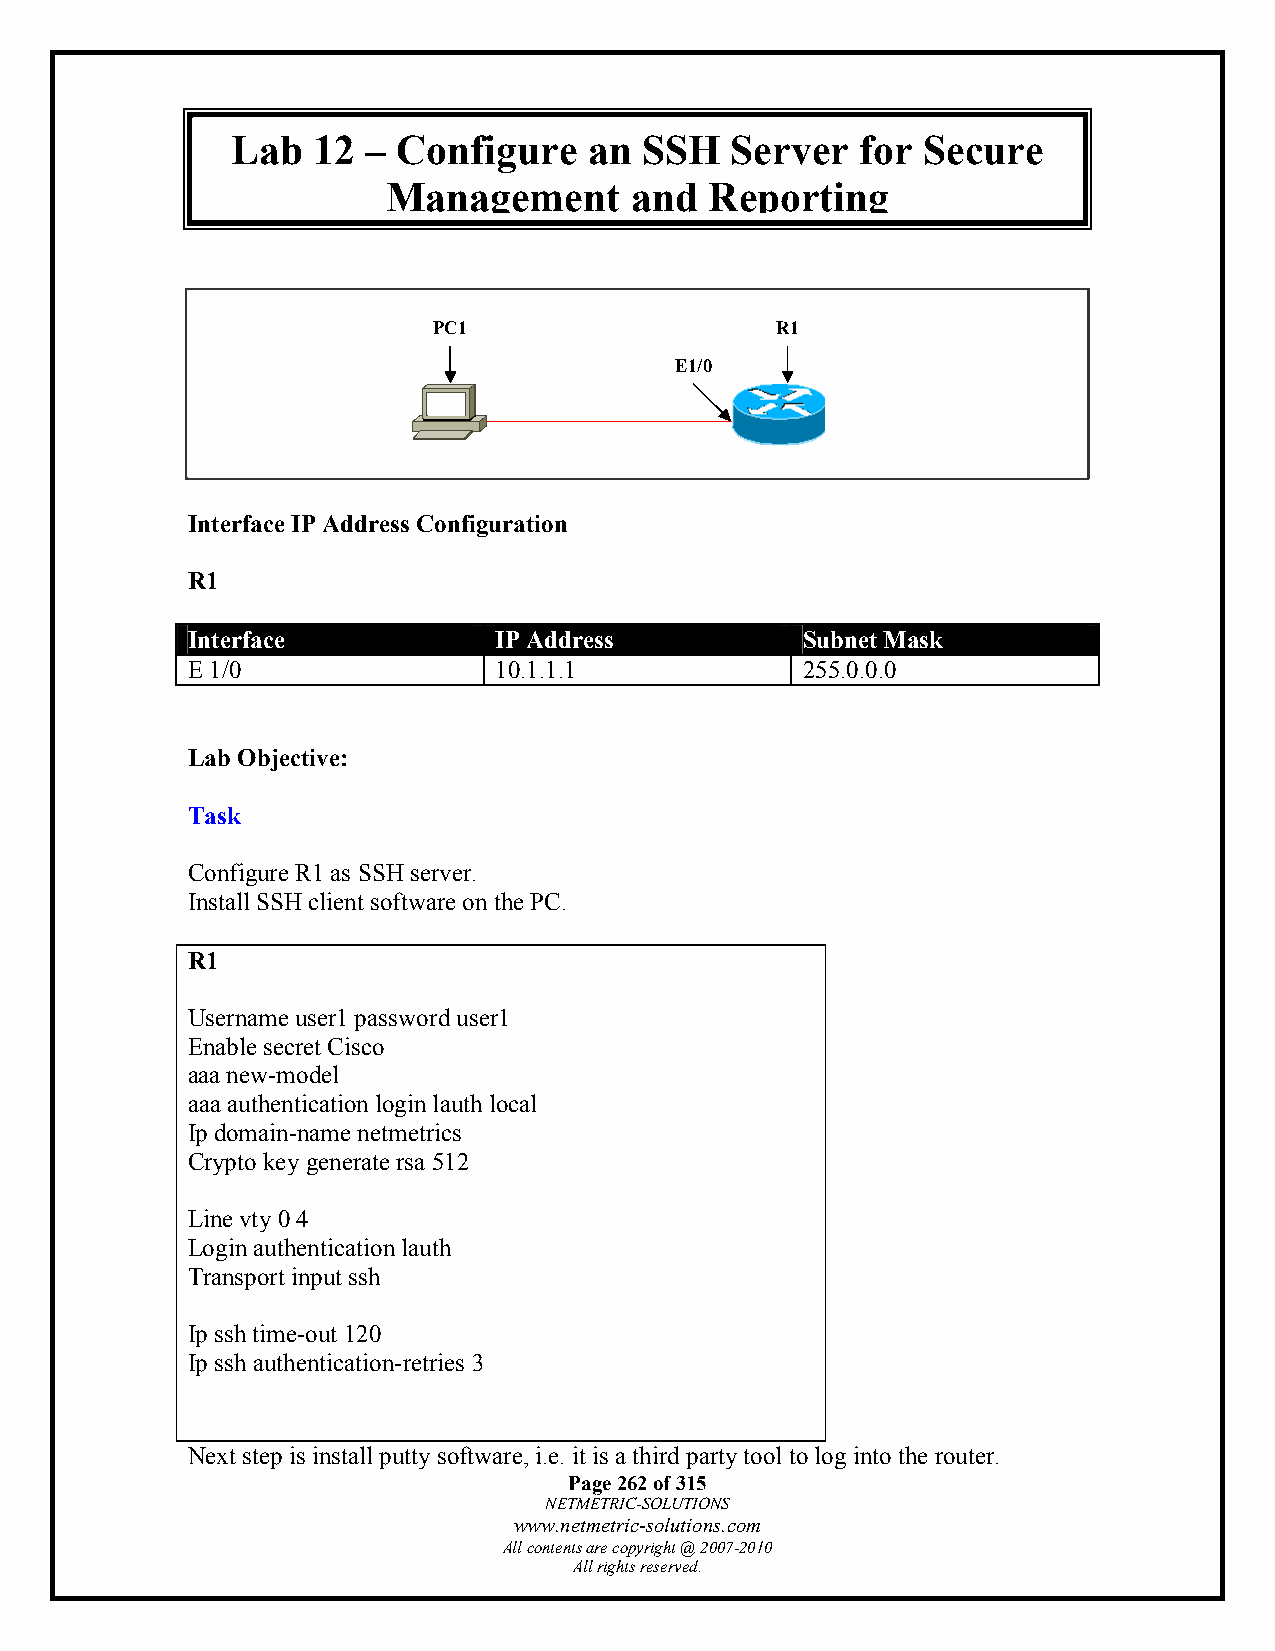
Lab   12 – Configure    an  SSH  Server   for Secure
 Management      and  Reporting
 PC1                   R1
 E1/0
 Interface IP Address Configuration
 R1
 Interface            IP Address          Subnet Mask
 E 1/0                10.1.1.1            255.0.0.0
 Lab Objective:
 Task
 Configure R1 as SSH server.
 Install SSH client software on the PC.
 R1
 Username user1 password user1
 Enable secret Cisco
 aaa new-model
 aaa authentication login lauth local
 Ip domain-name netmetrics
 Crypto key generate rsa 512
 Line vty 0 4
 Login authentication lauth
 Transport input ssh
 Ip ssh time-out 120
 Ip ssh authentication-retries 3
 Next step is install putty software, i.e. it is a third party tool to log into the router.
 Page 262 of 315
 NETMETRIC-SOLUTIONS
 www.netmetric-solutions.com
 All contents are copyright @ 2007-2010
 All rights reserved.